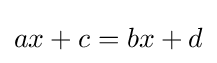
ax+c=bx+d